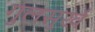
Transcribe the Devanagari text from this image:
गुलसुर्ख